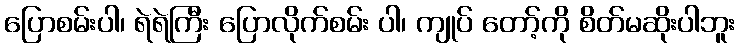
ပြောစမ်းပါ၊ ရဲရဲကြီး ပြောလိုက်စမ်း ပါ၊ ကျုပ် တော့်ကို စိတ်မဆိုးပါဘူး